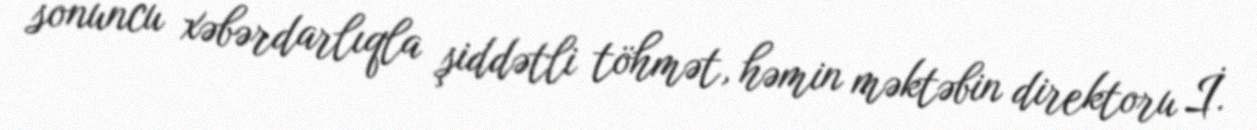
sonuncu xəbərdarlıqla şiddətli töhmət, həmin məktəbin direktoru İ.